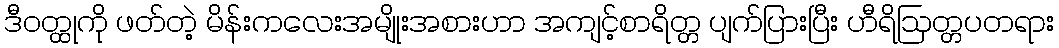
ဒီဝတ္ထုကို ဖတ်တဲ့ မိန်းကလေးအမျိုးအစားဟာ အကျင့်စာရိတ္တ ပျက်ပြားပြီး ဟီရိဩတ္တပတရား